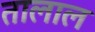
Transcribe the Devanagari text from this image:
तालाल